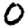
Digit: 0